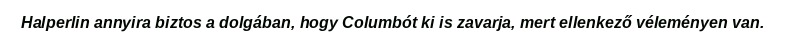
Halperlin annyira biztos a dolgában, hogy Columbót ki is zavarja, mert ellenkező véleményen van.